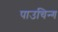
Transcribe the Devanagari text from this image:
पाउचिन्ग